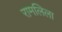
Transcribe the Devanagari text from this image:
रामलिला